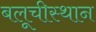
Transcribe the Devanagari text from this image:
बलूचीस्थान